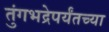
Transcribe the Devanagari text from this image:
तुंगभद्रेपर्यंतच्या